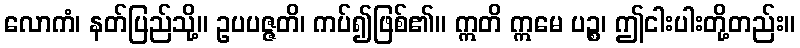
လောကံ၊ နတ်ပြည်သို့။ ဥပပဇ္ဇတိ၊ ကပ်၍ဖြစ်၏။ ဣတိ ဣမေ ပဉ္စ၊ ဤငါးပါးတို့တည်း။